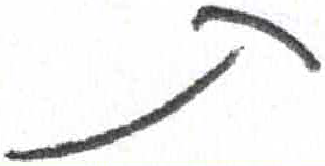
אות: ת